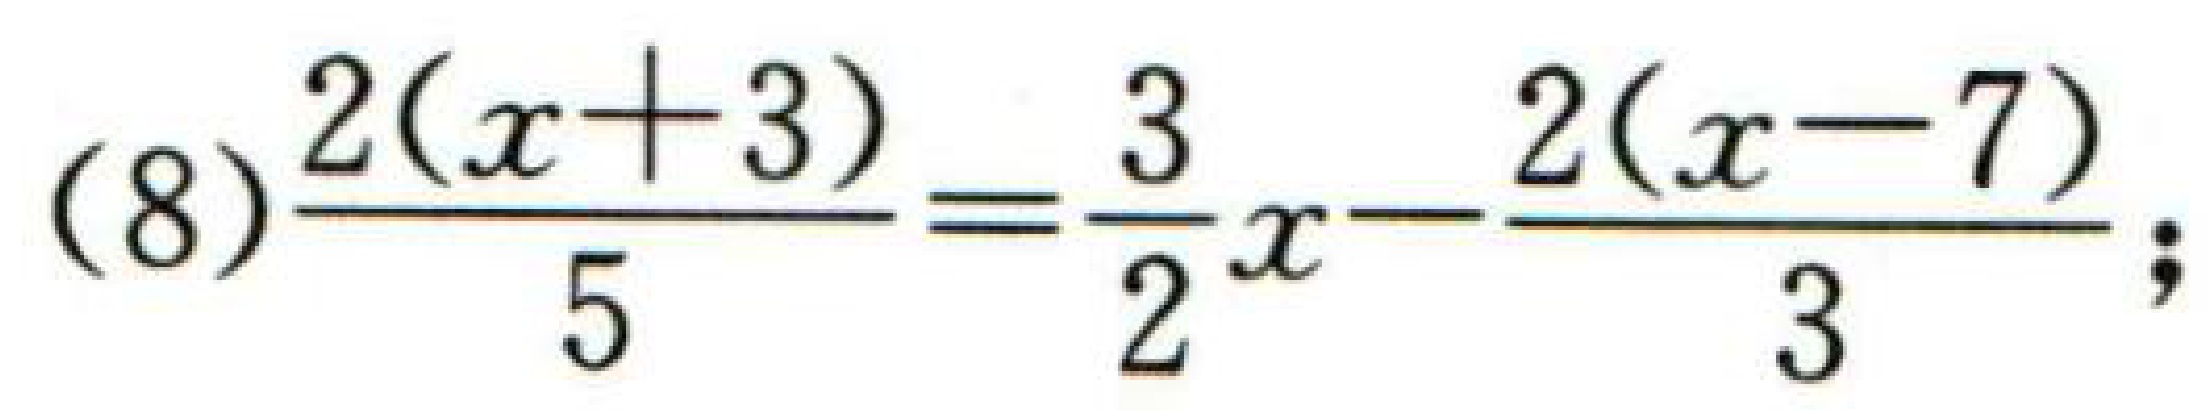
(8)$\frac{2(x + 3)}{5}=\frac{3}{2}x-\frac{2(x - 7)}{3};$